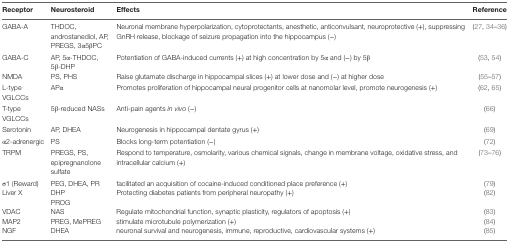
| Receptor | Neurosteroid | Effects | Reference |
 | --- | --- | --- | --- |
 | GABA-A | THDOC, androstanediol, AP, PREGS, 3α5βPC | Neuronal membrane hyperpolarization, cytoprotectants, anesthetic, anticonvulsant, neuroprotective (+), suppressing GnRH release, blockage of seizure propagation into the hippocampus (−) | (27, 34–36) |
 | GABA-C | AP, 5α-THDOC, 5β-DHP | Potentiation of GABA-induced currents (+) at high concentration by 5α and (−) by 5β | (53, 54) |
 | NMDA | PS, PHS | Raise glutamate discharge in hippocampal slices (+) at lower dose and (−) at higher dose | (55–57) |
 | L-type VGLCCs | APα | Promotes proliferation of hippocampal neural progenitor cells at nanomolar level, promote neurogenesis (+) | (62, 65) |
 | T-type VGLCCs | 5β-reduced NASs | Anti-pain agents in vivo (−) | (66) |
 | Serotonin | AP, DHEA | Neurogenesis in hippocampal dentate gyrus (+) | (69) |
 | α2-adrenergic | PS | Blocks long-term potentiation (−) | (72) |
 | TRPM | PREGS, PS, epipregnanolone sulfate | Respond to temperature, osmolarity, various chemical signals, change in membrane voltage, oxidative stress, and intracellular calcium (+) | (73–76) |
 | σ1 (Reward) | PEG, DHEA, PR | facilitated an acquisition of cocaine-induced conditioned place preference (+) | (79) |
 | <ROWSPAN=2> Liver X | DHP | <ROWSPAN=2> Protecting diabetes patients from peripheral neuropathy (+) | <ROWSPAN=2> (82) |
 | PROG |
 | VDAC | NAS | Regulate mitochondrial function, synaptic plasticity, regulators of apoptosis (+) | (83) |
 | MAP2 | PREG, MePREG | stimulate microtubule polymerization (+) | (84) |
 | NGF | DHEA | neuronal survival and neurogenesis, immune, reproductive, cardiovascular systems (+) | (85) |